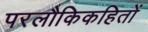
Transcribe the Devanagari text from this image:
परलौकिकहितों